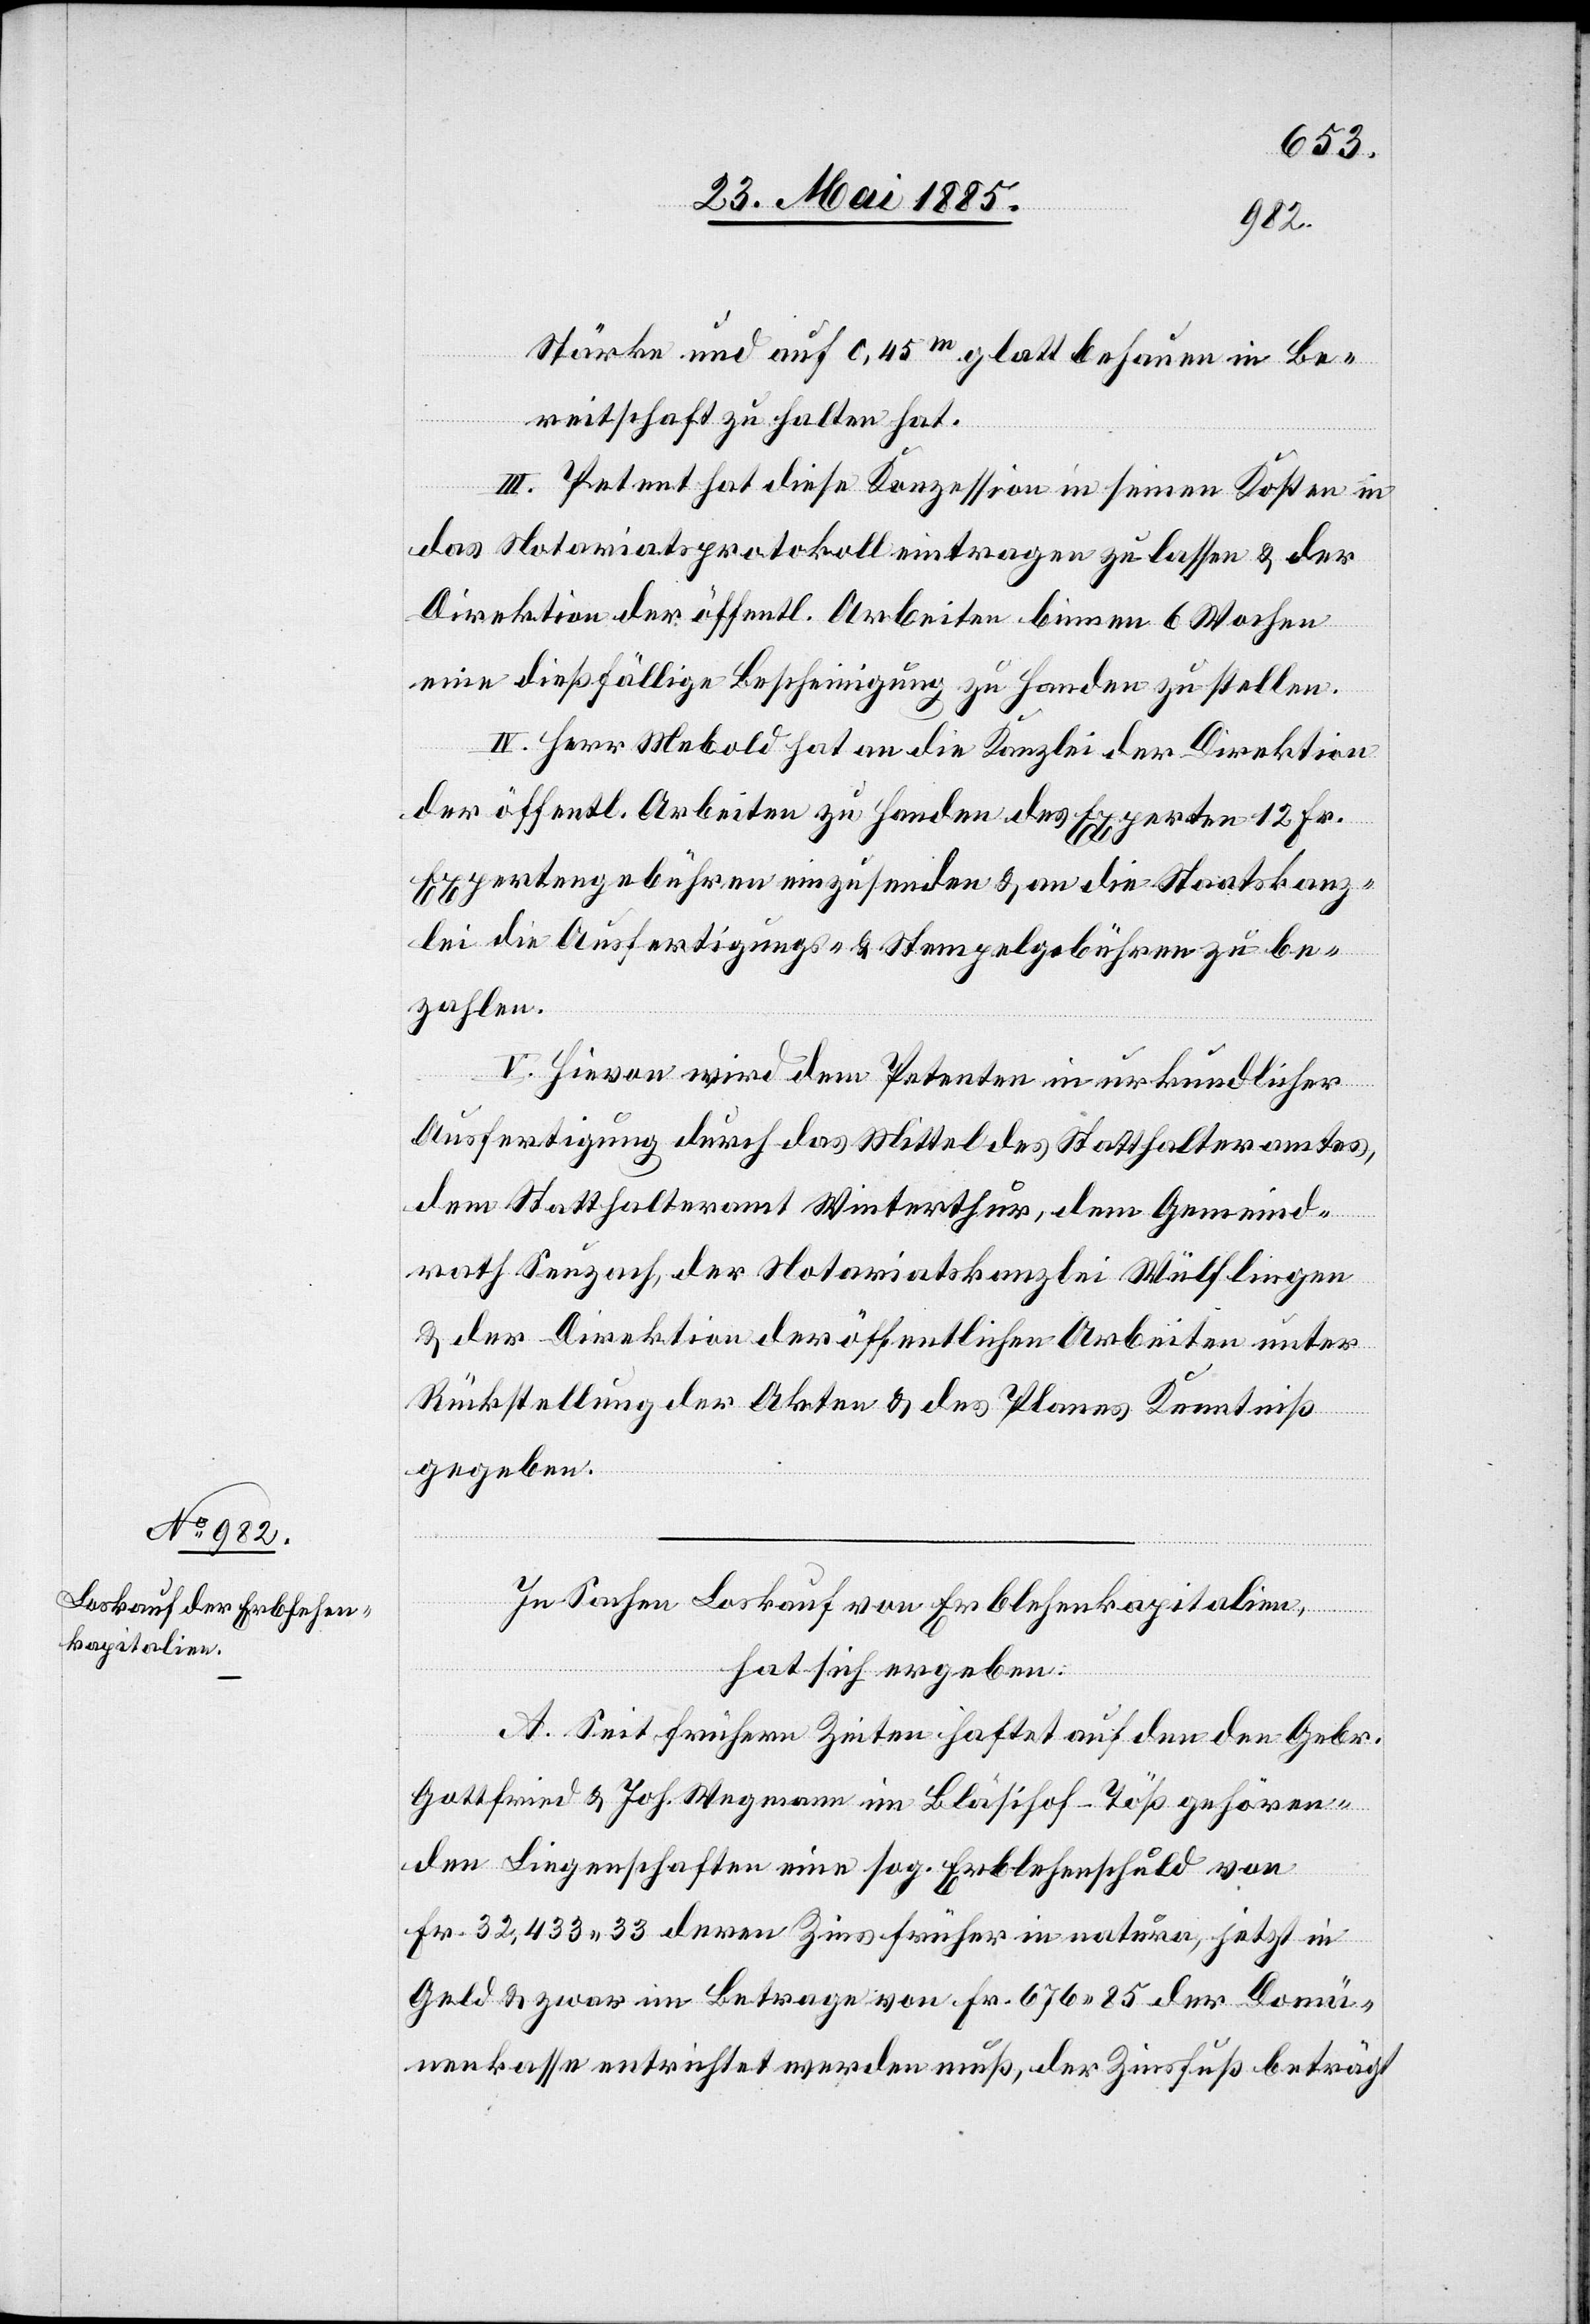
Stärke und auf 0,45 m glatt behauen in Be¬
reitschaft zu halten hat.
III. Petent hat diese Konzession in seinen Kosten in
das Notariatsprotokoll eintragen zu lassen & der
Direktion der öffentl. Arbeiten binnen 6 Wochen
eine dießfällige Bescheinigung zu Handen zu stellen.
IV. Herr Mebold hat an die Kanzlei der Direktion
der öffentl. Arbeiten zu Handen des Experten 12 Fr.
Expertengebühren einzusenden & an die Staatskanz¬
lei die Ausfertigungs- & Stempelgebühren zu be¬
zahlen.
V. Hievon wird dem Petenten in urkundlicher
Ausfertigung durch das Mittel des Statthalteramtes,
dem Statthalteramt Winterthur, dem Gemeind¬
rath Seuzach, der Notariatskanzlei Wülflingen
& der Direktion der öffentlichen Arbeiten unter
Rückstellung der Akten & des Planes Kenntniß
gegeben.
In Sachen Loskauf von Erblehenkapitalien,
hat sich ergeben:
A. Seit frühern Zeiten haftet auf den den Gebr.
Gottfried & Joh. Wegmann im Bläsihof - Töß gehören¬
den Liegenschaften eine sog. Erblehenschuld von
Fr. 32,433 33 deren Zins früher in natura, jetzt in
Geld & zwar im Betrage von Fr. 676 85 der Domä¬
nenkasse entrichtet werden muß, der Zinsfuß beträgt